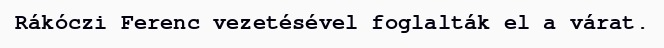
Rákóczi Ferenc vezetésével foglalták el a várat.